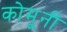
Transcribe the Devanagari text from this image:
कोमूनी